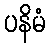
ပနိမံ